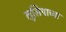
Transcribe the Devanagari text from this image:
लुसियाच्या